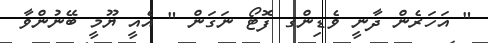
" އަހަރެން ދާނީ ވެޑިންގ ފޮޓޯ ނަގަން " އެއީ ޔޫމީ ބޭނުންވާ